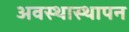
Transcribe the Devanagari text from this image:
अवस्थास्थापन